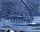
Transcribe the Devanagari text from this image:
तारोच्ची